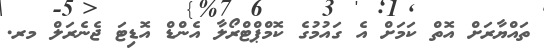
ތައްޔާރަށް އޮތް ކަމަށް އެ ގައުމުގެ ކޮމްޕްޓްރޯލާ އެންޑް އޮޑިޓަ ޖެނެރަލް މރ.